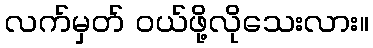
လက်မှတ် ဝယ်ဖို့လိုသေးလား။